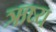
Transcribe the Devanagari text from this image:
ऋष्य